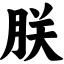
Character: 朕